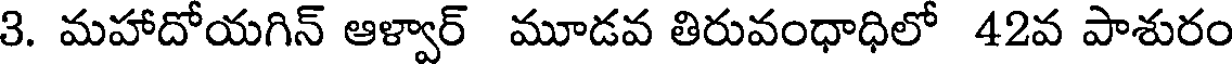
3. మహాదోయగిన్ ఆళ్వార్ మూడవ తిరువంధాధిలో 42వ పాశురం